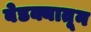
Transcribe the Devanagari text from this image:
बेडक्यातून